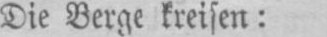
Die Berge kreisen: